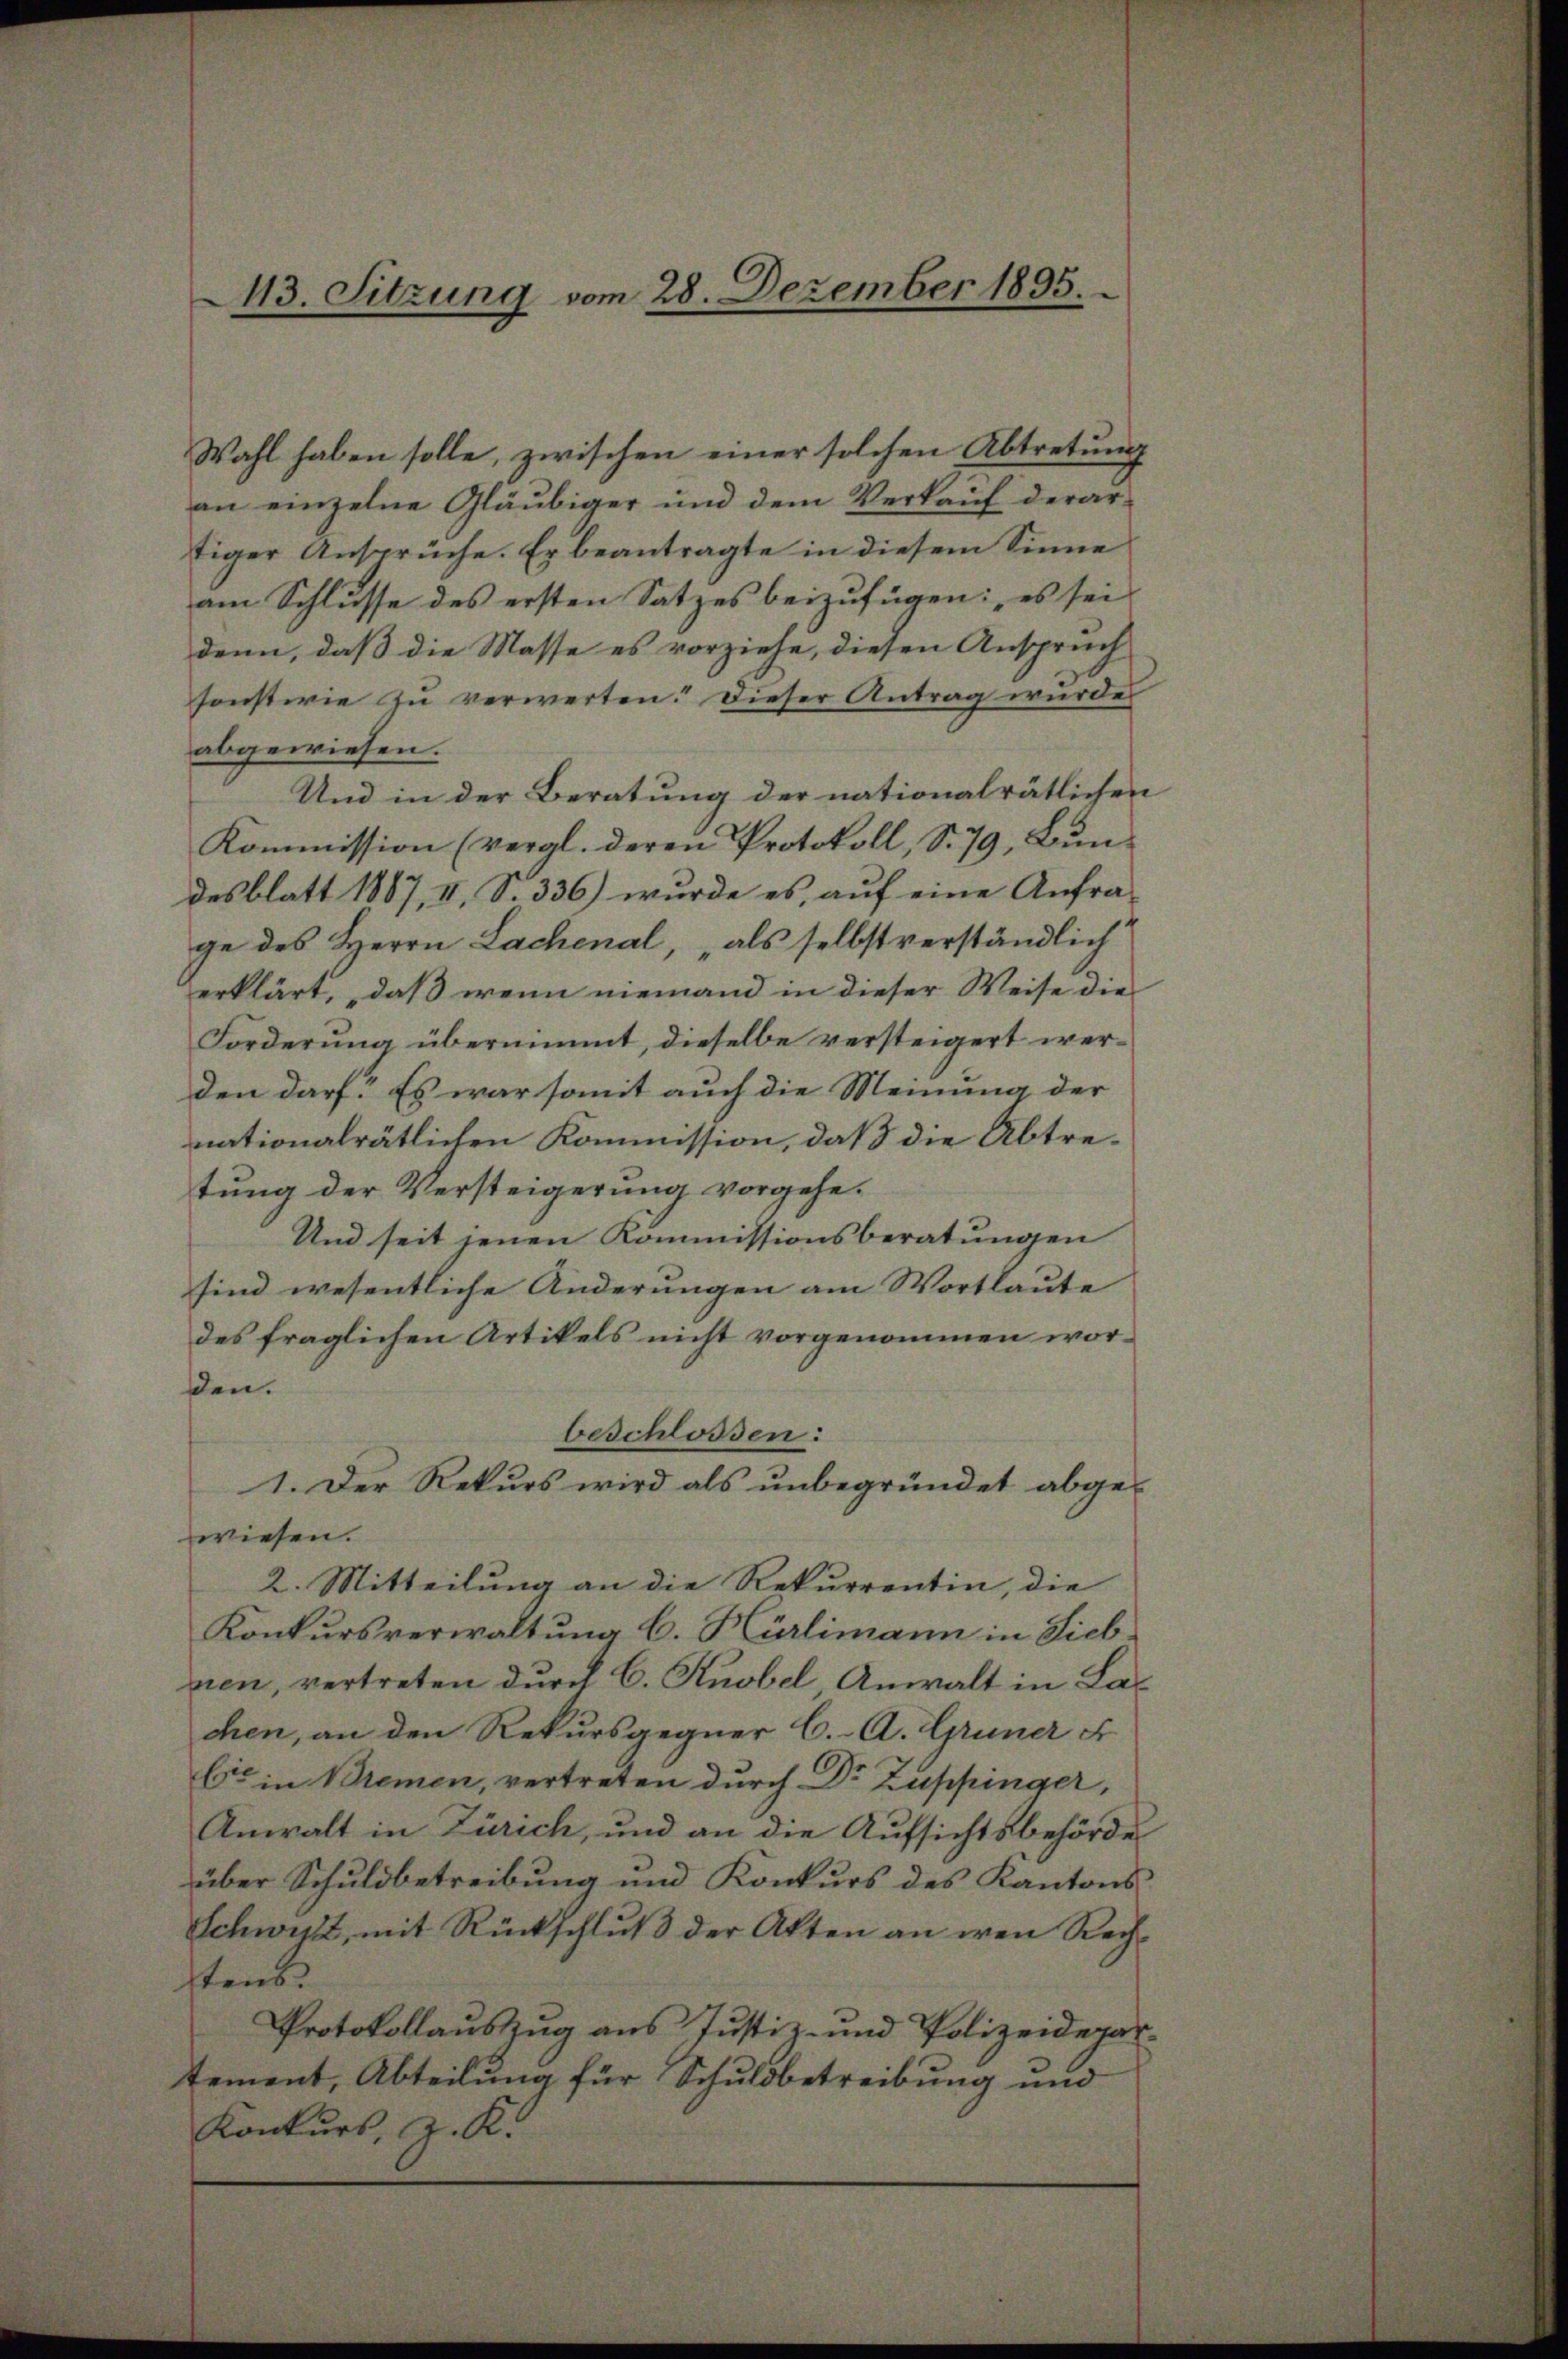
413. Sitzung vom 28. Dezember 1895.

Wahl haben solle, zwischen einer solchen Abtretŭng
an einzelne Gläubiger und dem Verkauf derartiger Ansprüche. Er beantragte in diesem Sinne
am Schlüsse des ersten Satzes beizufügen: es sei
denn, daß die Masse es vorziehe, diesen Anspruch
sonstwie zu verwerten. Dieser Antrag wurde
abgewiesen.
Und in der Beratung der nationalrätliches
Kommission (vergl. deren Protokoll, S. 79, Bun-
desblatt 1887, II, S. 336) wurde es, auf eine Anfrage des Herrn Lachenal, als selbst verständlich
erklärt, daß wenn niemand in dieser Weise die
Forderung übernimmt, dieselbe versteigert werden darf. Es war somit auch die Meinung der
nationalrätlichen Kommission, daß die Abtretung der Versteigerung vorgehe¬
Und seit jenen Kommissionsberatungen
sind wesentliche Änderungen am Wortlaute
des fraglichen Artikels nicht vorgenommen wor-
den.
beschlossen:
1. Der Rekurs wird als unbegründet abge-
wiesen.
2. Mitteilung an die Rekurrentin, die
Konkursverwaltung C. Hürlimann in Siechzien, vertreten durch C. Knobel, Anwalt in Lachen, an den Rekursgegner C. A. Gruner F
Cie in Bremen, vertreten durch Dr Zuppinger,
Anwalt in Zürich, und an die Aufsichtsbehörde
über Schuldbetreibung und Konkurs des Kantons¬
Schwyz, mit Rückschluß der Akten an den Rechstens.
Protokollauszug aus Justiz- und Polizeidepatement, Abteilung für Schuldbetreibung und
Konkurs, z. K.